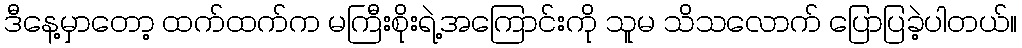
ဒီနေ့မှာတော့ ထက်ထက်က မကြီးစိုးရဲ့အကြောင်းကို သူမ သိသလောက် ပြောပြခဲ့ပါတယ်။